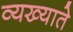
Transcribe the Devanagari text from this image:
व्यख्याते